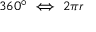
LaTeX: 3 6 0 ^ { \circ } \iff 2 \pi r